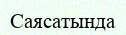
Саясатында